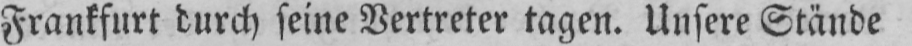
Frankfurt durch seine Vertreter tagen. Unsere Stände